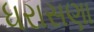
ધરાસણા